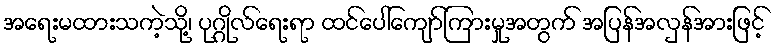
အရေးမထားသကဲ့သို့၊ ပုဂ္ဂိုလ်ရေးရာ ထင်ပေါ်ကျော်ကြားမှုအတွက် အပြန်အလှန်အားဖြင့်